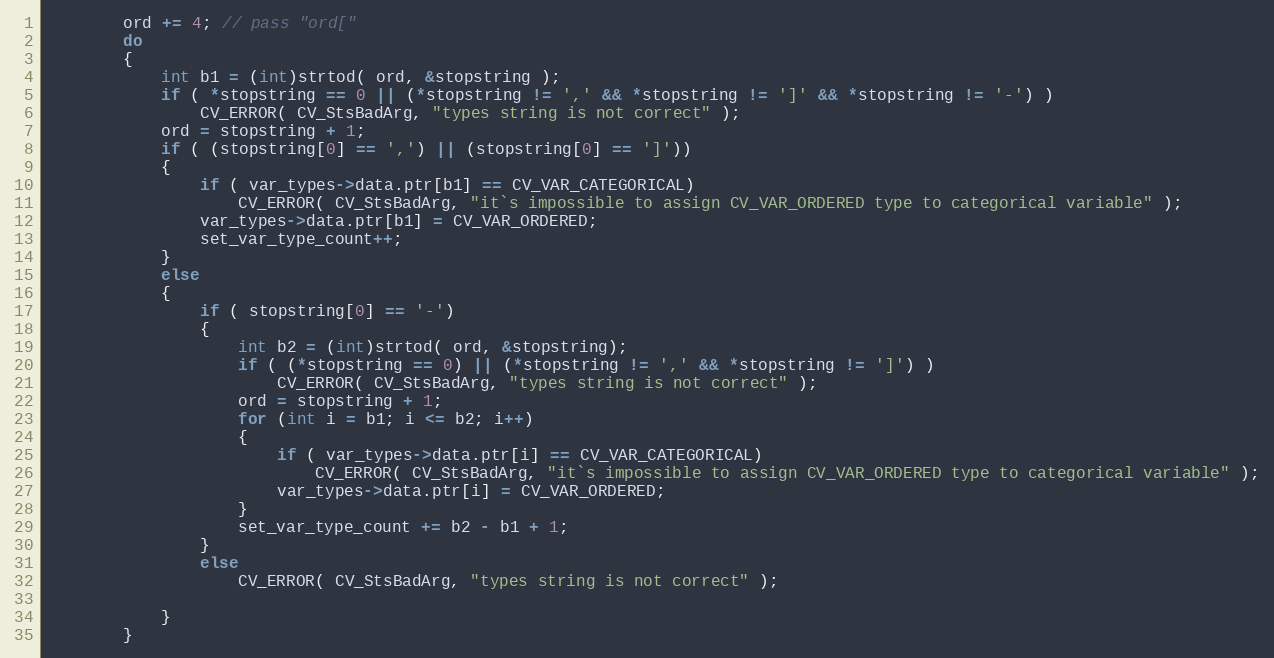
Language: C++
        ord += 4; // pass "ord["
        do
        {
            int b1 = (int)strtod( ord, &stopstring );
            if ( *stopstring == 0 || (*stopstring != ',' && *stopstring != ']' && *stopstring != '-') )
                CV_ERROR( CV_StsBadArg, "types string is not correct" );
            ord = stopstring + 1;
            if ( (stopstring[0] == ',') || (stopstring[0] == ']'))
            {
                if ( var_types->data.ptr[b1] == CV_VAR_CATEGORICAL)
                    CV_ERROR( CV_StsBadArg, "it`s impossible to assign CV_VAR_ORDERED type to categorical variable" );
                var_types->data.ptr[b1] = CV_VAR_ORDERED;
                set_var_type_count++;
            }
            else
            {
                if ( stopstring[0] == '-')
                {
                    int b2 = (int)strtod( ord, &stopstring);
                    if ( (*stopstring == 0) || (*stopstring != ',' && *stopstring != ']') )
                        CV_ERROR( CV_StsBadArg, "types string is not correct" );
                    ord = stopstring + 1;
                    for (int i = b1; i <= b2; i++)
                    {
                        if ( var_types->data.ptr[i] == CV_VAR_CATEGORICAL)
                            CV_ERROR( CV_StsBadArg, "it`s impossible to assign CV_VAR_ORDERED type to categorical variable" );
                        var_types->data.ptr[i] = CV_VAR_ORDERED;
                    }
                    set_var_type_count += b2 - b1 + 1;
                }
                else
                    CV_ERROR( CV_StsBadArg, "types string is not correct" );

            }
        }